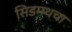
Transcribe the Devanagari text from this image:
सिडमथचा